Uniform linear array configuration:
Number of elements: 12
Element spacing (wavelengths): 0.75
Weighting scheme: blackman
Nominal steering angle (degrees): -15
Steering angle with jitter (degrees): -15.197
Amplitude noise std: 0.05
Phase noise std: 0.05

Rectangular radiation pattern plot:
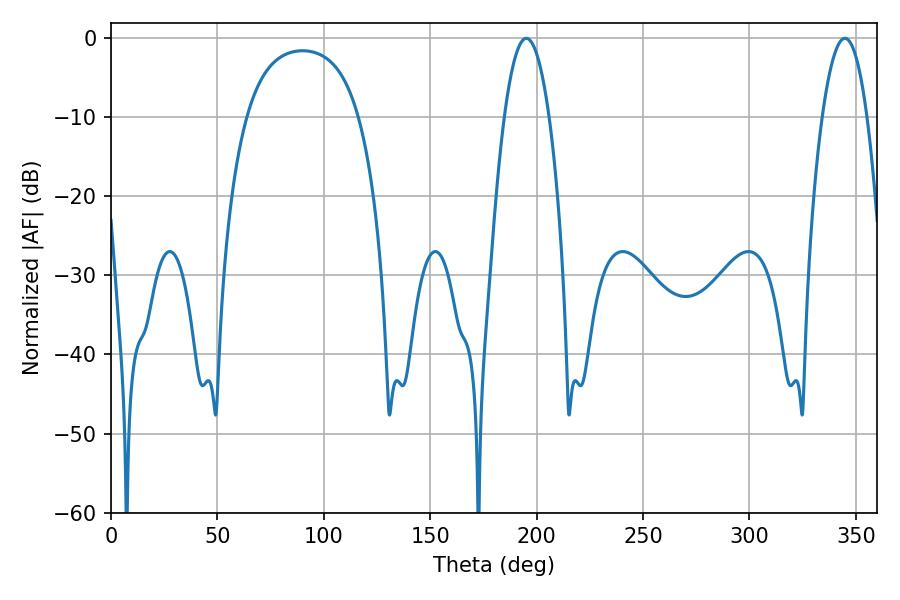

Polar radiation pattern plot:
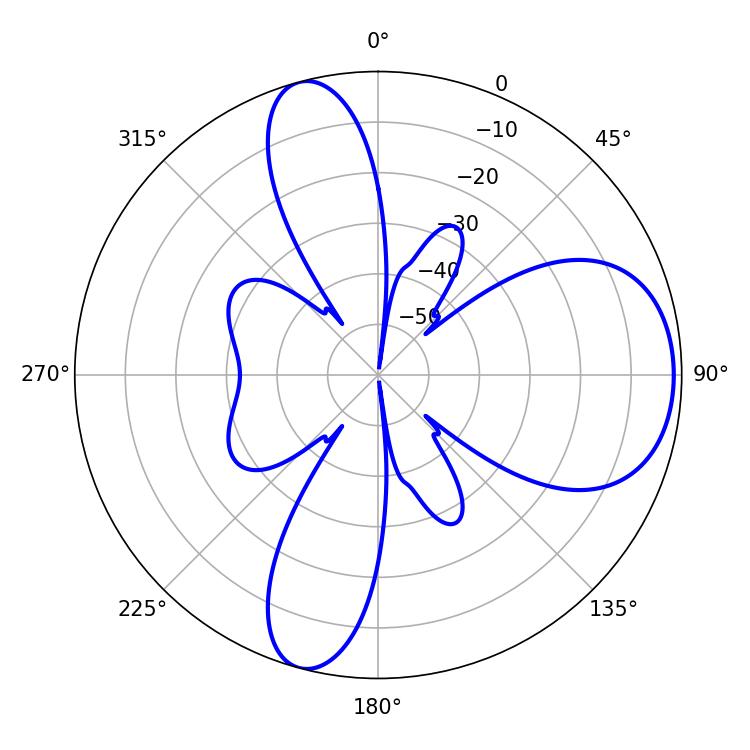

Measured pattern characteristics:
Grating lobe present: TRUE
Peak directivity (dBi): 8.081
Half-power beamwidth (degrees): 11.7
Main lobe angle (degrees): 195.12